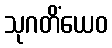
သုဂတိံယေဝ